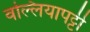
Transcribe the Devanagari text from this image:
वल्लियापट्टी